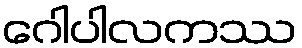
ဂေါပါလကဿ